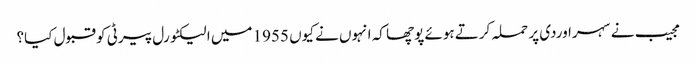
مجیب نے سہراوردی پر حملہ کرتے ہوئے پوچھا کہ انہوں نے کیوں 1955 میں الیکٹورل پیرٹی کو قبول کیا؟